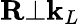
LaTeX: \mathbf{R}\bot\mathbf{k}_{L}